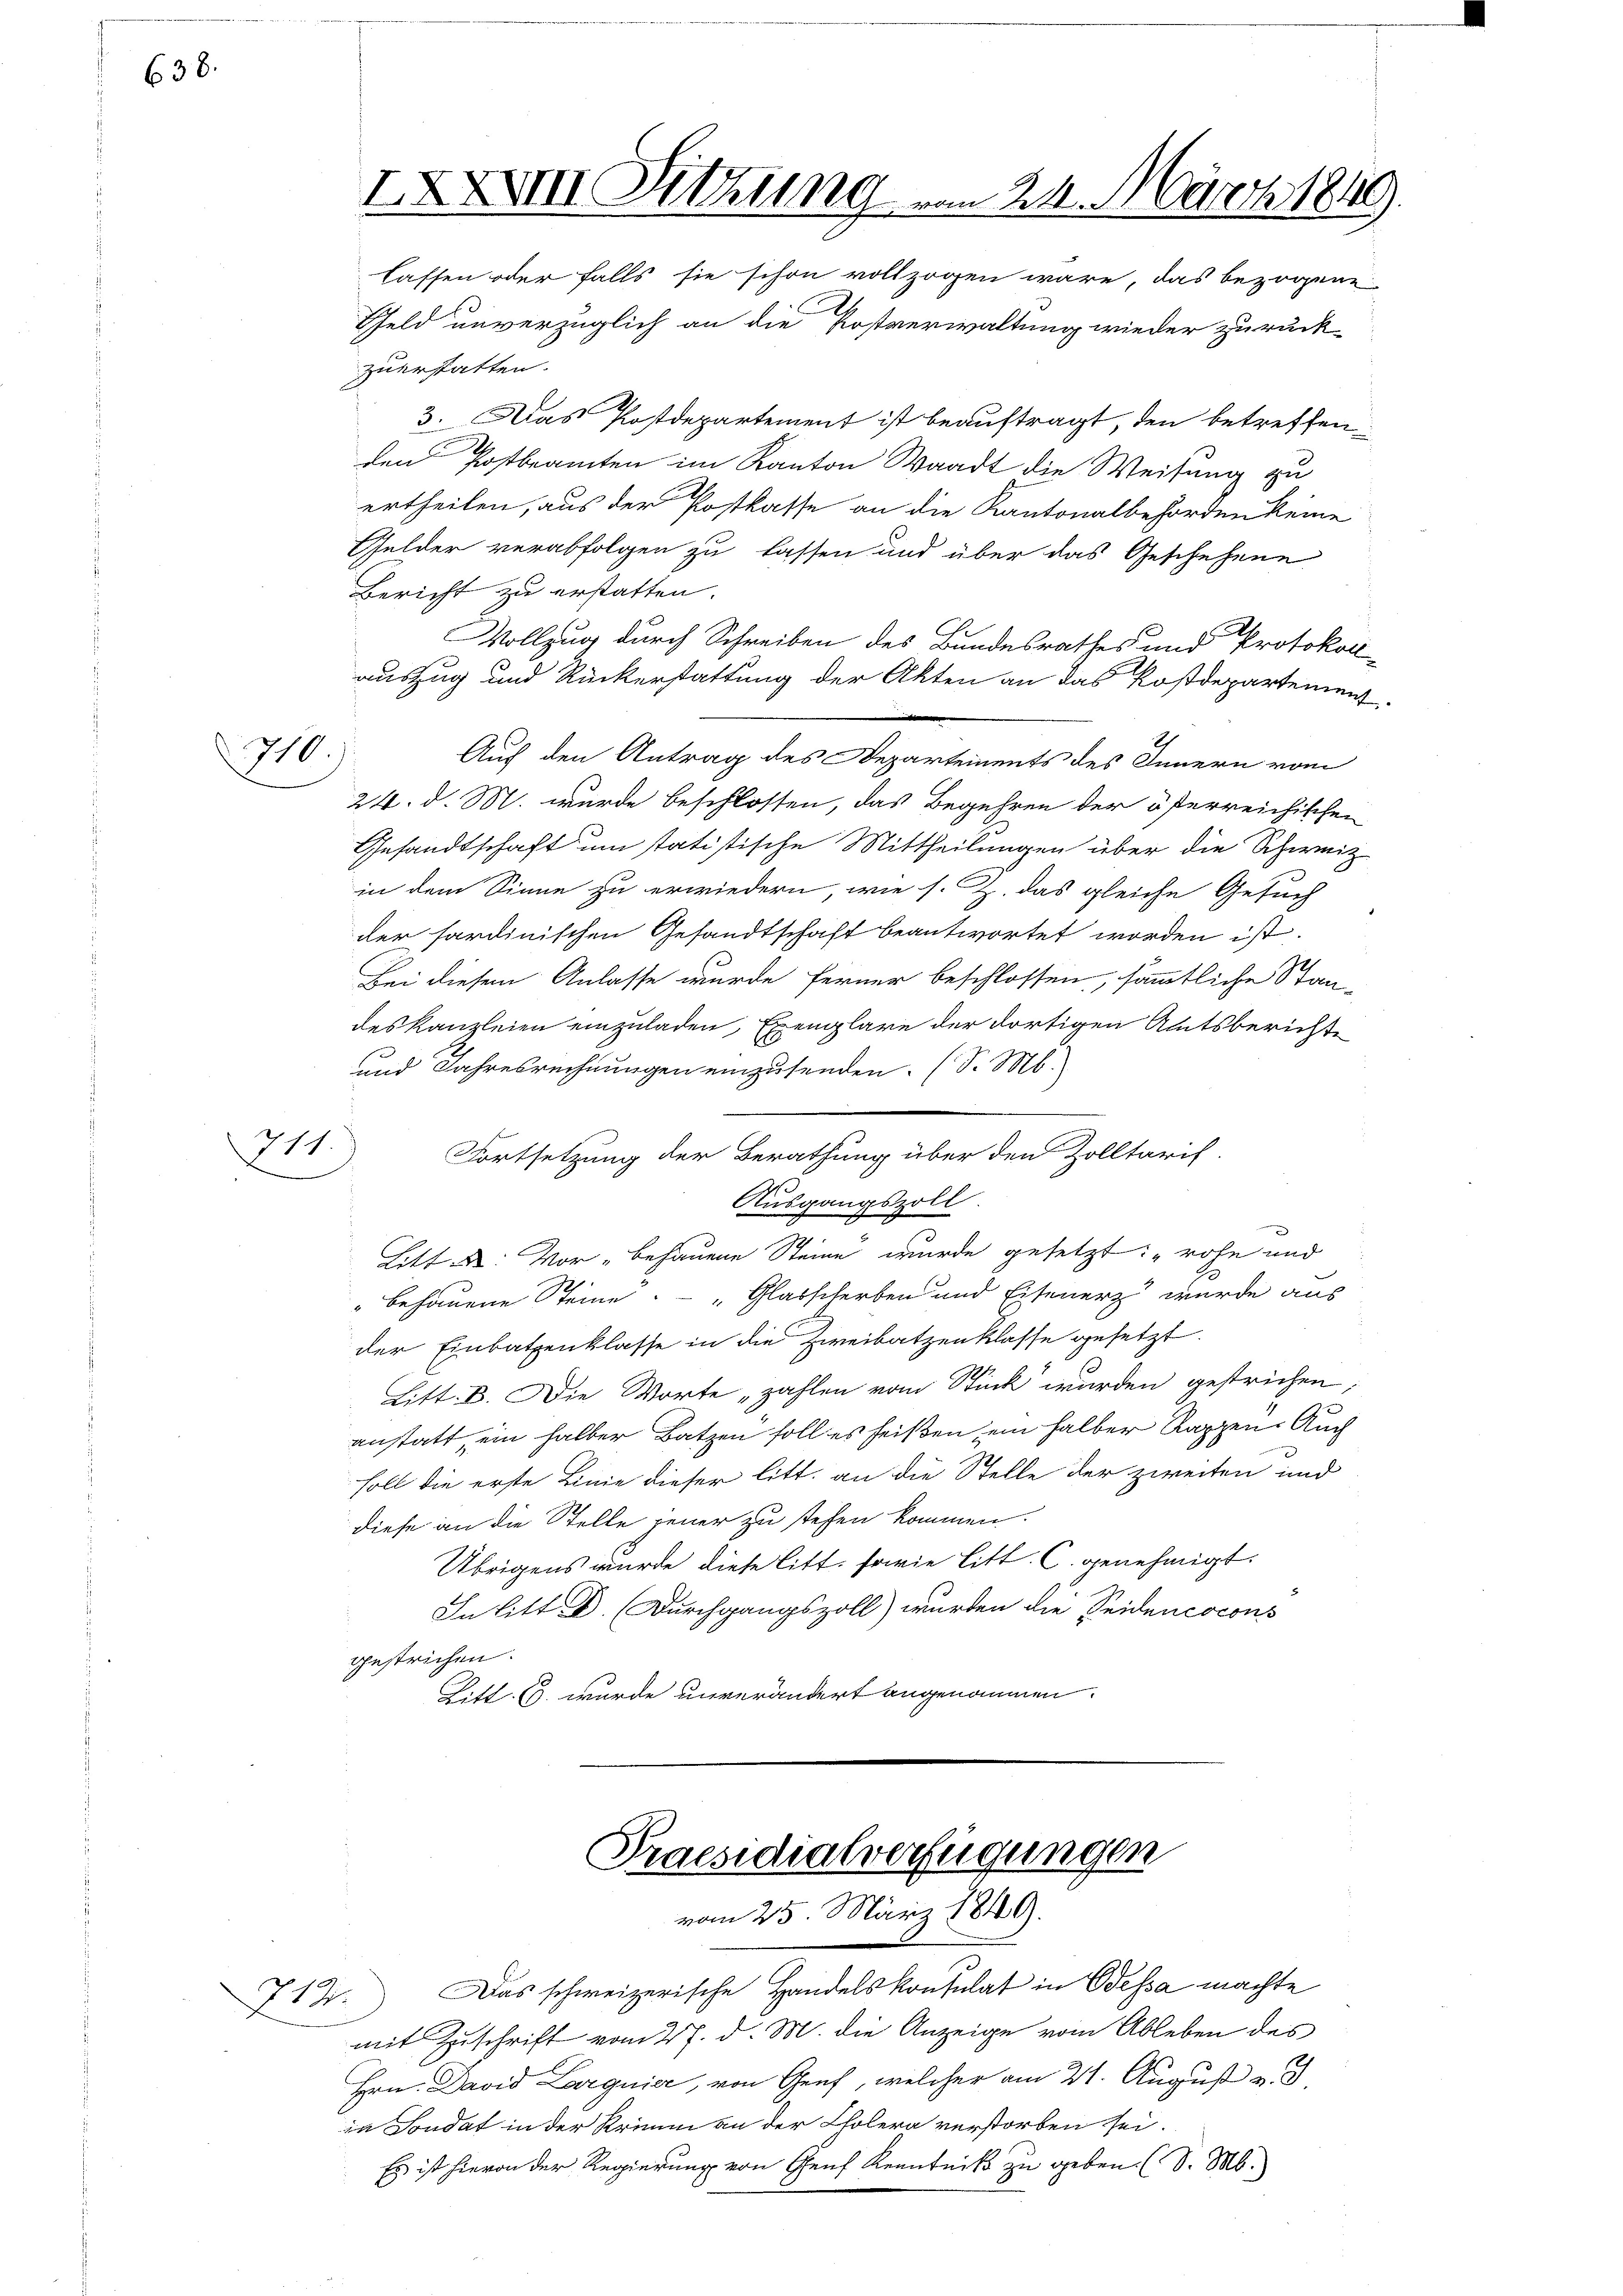
638.

710.)

311.

IXXXVIII. Sitzung vom 21. März 1849.
Caffen oder falls sie schon vollzogen wäre, das bezogene

Geld unverzüglich an die Postverwaltung wieder zurück-
zuerstatten.
S
3. Das Postdepartement ist beauftragt, den betreffen
den Postbeamten im Kanton Waadt die Weisung zu
ertheilen, aus der Postkasse an die Kantonalbehörden keine
Gelder verabfolgen zu lassen und über das Geschehene
Bericht zu erstatten.
Vollzug durch Schreiben des Bundesrathes und Protokol
auszug und Rückerstattung der Akten an das Postdepartement
Auf den Antrag des Departements des Innern vom
24. d. M. wurde beschlossen, das Begehren der öferreichischen
Gesandtschaft um statistische Mittheilungen über die Schweiz
in dem Sinne zu erwiedern, wie s. Z. das gleiche Gesuch
der sardinischen Gesandtschaft beantwortet worden ist.
Bei diesem Anlasse wurde ferner beschlossen, sämmtliche Stan-
deskanzleien einzuladen, Exemplare der dortigen Amtsbericht
und Jahresrechnungen einzusenden. (S. M.
Fortsetzung der Berathung über den Zolltarif
Ausgangszoll
.
Litt: Vor behauene Steine wurde gesetzt: "rohe und
" behauene Steine: „Glasscherben und Eisenerz wurde aus
der Einbatzenklasse in die Zweibatzenklasse gesetzt.
Litt. B. Die Worte „zahlen vom Stück wurden gestrichen;
anstatt, ein halber Batzen soll es heißen ein halber Rappen. Auch
soll die erste Linie dieser litt. an die Stelle der zweiten und
diese an die Stelle jener zu stehen kommen.
Übrigens wurde diese litt. sowie litt. C. genehmigt.
In litt. D. Durchgangszoll) wurden die Seidencocons
gestrichen.
Litt. (3. wurde unverändert angenommen.

Praesidialverfügungen
vom 25. März 1849.

714. Das schweizerische Handelskonsulat in Odessa machte
mit Zuschrift vom 27. d. M. die Anzeige vom Ableben des
Hrn. David Larguier, von Genf, welcher am 21. August v. J.
in Sondat in der Krimm an der Cholera verstorben sei.
Es ist hievon der Regierung von Genf Kenntniß zu geben. (S. M.